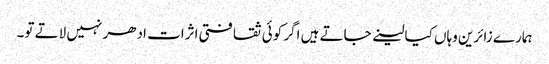
ہمارے زائرین وہاں کیا لینے جاتے ہیں اگر کوئی ثقافتی اثرات ادھر نہیں لاتے تو۔